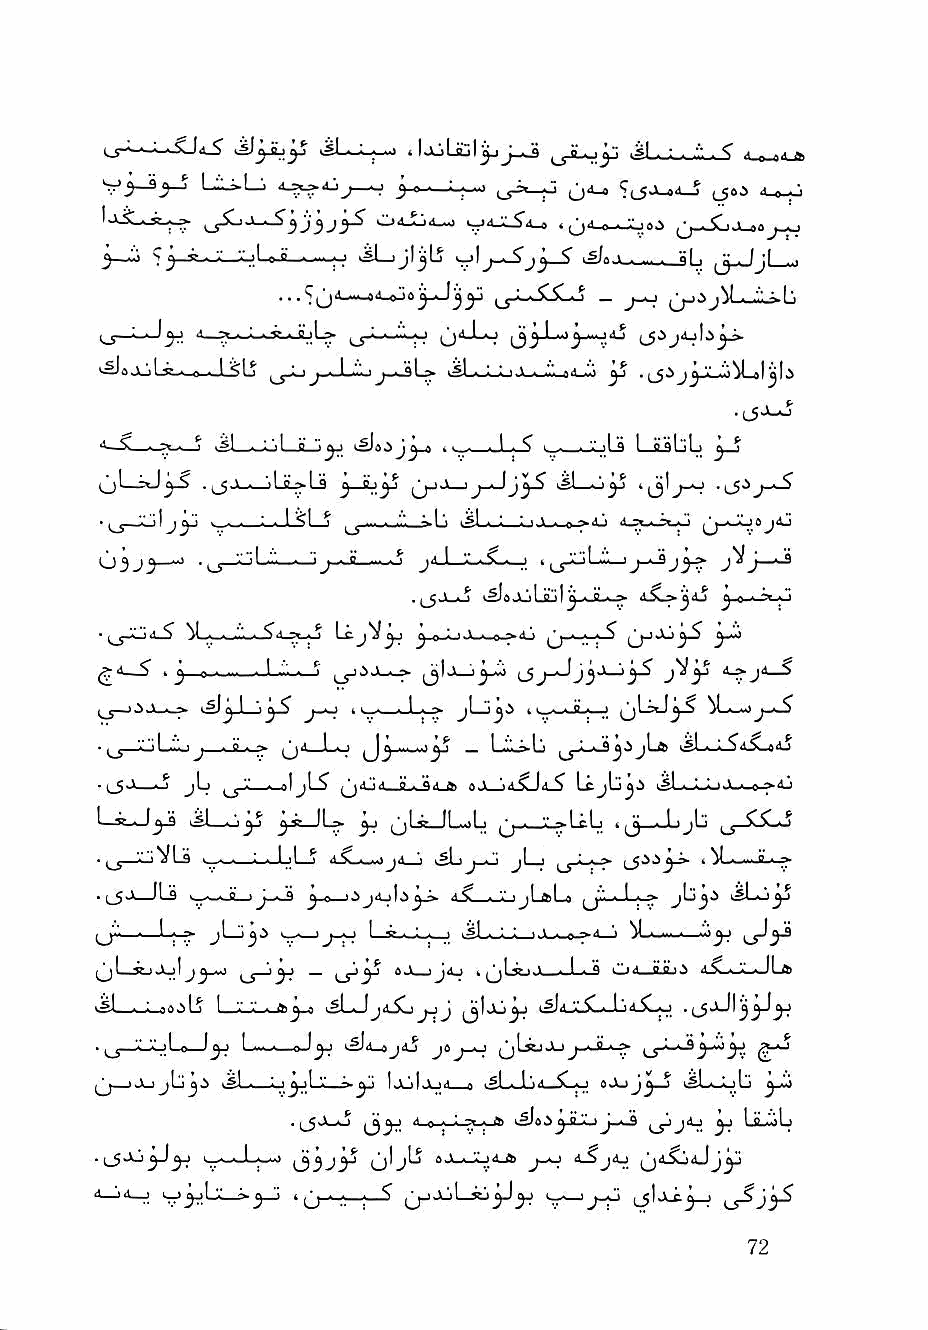
U". ■■■-.-^-J^ ^yi>^ iSL~i~l—> «lajLajl^J_^ 'gl ■ : ■ •'• ■ ^ ^ n
 vi-^i—' L-^Li      J) a • J ,_5i*—O ^4_« tjeJ 4_a^
 y~^ ': 3-i--~^'-r>J c.B~^-.;.> JLjjI^LS
 ... 5,jA-"-»'-ti-io j-J i_j-^— — j-^
 (__J— *1 •> I I ■ V ■ C_ll-» ^■•-■-I.I-O ^jJ_Lo j 1 Mt^jAUiS
 ^ ■-?-' J -^l .i'-'^ ° " ■ ■ ■ . I ■ C i - .Vila LJLsLjL) ^_j
 .^j,>. 'iLiL>L3 ^ 91^     ^3^ 'ls'   J~^
 ■   I j yj ■ • ■ - - 1 ^1 j ^ ^1'' ', V,,-, ft -.^Ji A,:^,A-ix-*-j
 'jy v
 03j3_-o .^_yjGLL_^_y.JL--^               j"^>-^
 . (_$.>-i-j vSloJuiLajl^-s-iL.^
 ^ UjV  ^ n - *•
 ^ '3 . . . - 1 .". ^  j3--I                ^
 'I
 ^,v—>»3fc 1^(3 1 '3 ^ ■ ^ - • i • ■*- t  j»'^
 • —)oLn'.jJ • *' f^ Q^ 1 > _i _ 1 -i.^lj ijjwws^ijLft
 •;_5Ji i-J jL)   Qit"-! g.a^lt, «A '. A <' L ^ LijLj^J i^Li—IwL) J-A..«->4j
 ^        ."1 ji" 3.S )L» 3J (jLi_JL~)L ■ '■'--1 ^1 1 «jj__J^jLj
 •      « * * * . 1 iLj 1                t ^^■■iii.g « ^
 .^.UU    fi    O        ^ ^ . V i^( ftvl jLJ-|-=. jb^c iLj^
 —'—L|_»    >_-^j_^ 1   Lgb.,.l_L-).^--o.^4 '1 V-.- —'Jsyj
 ^^1         ^       6JL_)^0 >   ^ ' ** '"' ■* q ' ^ Lib
 "•sL.—:_5ojiLj Ljl::_-»3-<
 . ^_^y_X_zLjLo—134 L—s—eJjj i^4_sjij ja j^latjJLj j--.i>' y ^-<-^3-^3^
 (^j__i J_ijb3i .si . : 13 il V ^3" IA '11.1 1.1 . ,gl . 1 '..I i . ■ sJjJ3_5 kSL-wob yJj
 .    33^       ■^4^3'' -    3^ Liiii"i'b
 •lS'^3-'34 I——-I-|-.o j^3j3j jjljb B.>-^Jij4_ft <i_Sj<u ,jii^ajj3j
 V3Ti'-^^3-' 'Cr-^r-y^ jj_ij:iL_Rip3J ^ j'^